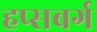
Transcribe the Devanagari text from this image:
हप्सबर्ग